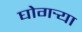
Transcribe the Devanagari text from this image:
घोगर्‍या